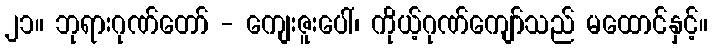
၂၁။ ဘုရားဂုဏ်တော် - ကျေးဇူးပေါ်၊ ကိုယ့်ဂုဏ်ကျော်သည် မထောင်နှင့်။